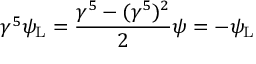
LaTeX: \gamma ^ { 5 } \psi _ { \mathrm { { L } } } = { \frac { \gamma ^ { 5 } - ( \gamma ^ { 5 } ) ^ { 2 } } { 2 } } \psi = - \psi _ { \mathrm { { L } } }